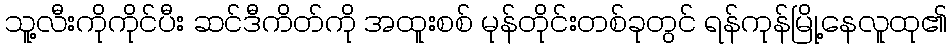
သူ့လီးကိုကိုင်ပီး ဆင်ဒီကိတ်ကို အထူးစစ် မုန်တိုင်းတစ်ခုတွင် ရန်ကုန်မြို့နေလူထု၏